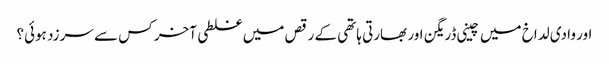
اور وادی لداخ میں چینی ڈریگن اور بھارتی ہاتھی کے رقص میں غلطی آخر کس سے سرزد ہوئی؟